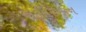
આમિરખાન